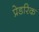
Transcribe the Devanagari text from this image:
प्रेडरिक